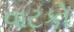
વાટકો